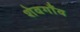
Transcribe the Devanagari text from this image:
शेवगाँव